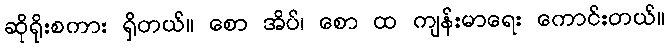
ဆိုရိုးစကား ရှိတယ်။ စော အိပ်၊ စော ထ ကျန်းမာရေး ကောင်းတယ်။